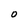
Character: O